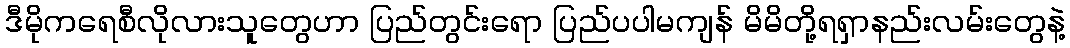
ဒီမိုကရေစီလိုလားသူတွေဟာ ပြည်တွင်းရော ပြည်ပပါမကျန် မိမိတို့ရရှာနည်းလမ်းတွေနဲ့